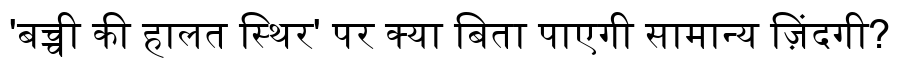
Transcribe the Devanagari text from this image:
'बच्ची की हालत स्थिर' पर क्या बिता पाएगी सामान्य ज़िंदगी?